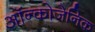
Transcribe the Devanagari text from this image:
ऑन्कोजेनिक